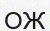
ОЖ